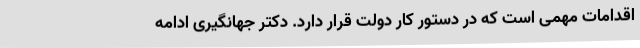
اقدامات مهمی است که در دستور کار دولت قرار دارد. دکتر جهانگیری ادامه